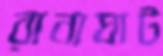
রানাঘাট